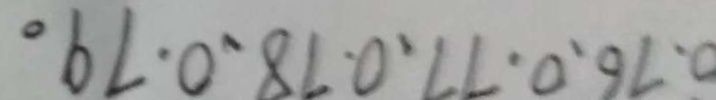
0 . 7 6 . 0 . 7 7 . 0 . 7 8 . 0 . 7 9 .